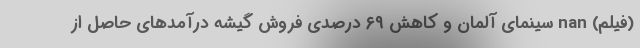
(فیلم) nan سینمای آلمان و کاهش ۶۹ درصدی فروش گیشه درآمدهای حاصل از